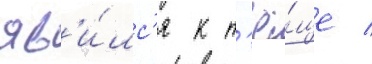
яв'и́лс'я к т'ё́ще /